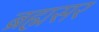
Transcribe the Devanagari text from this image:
ब्रह्मसर